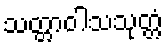
သတ္တာဝါသသုတ္တံ